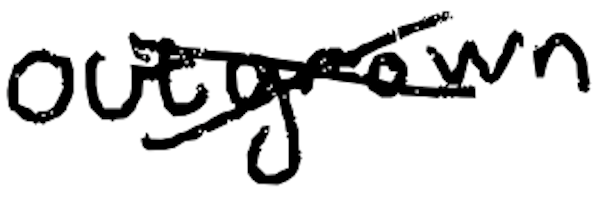
Text: outgrown
Cross-out: cross
Writing tool: digital_black